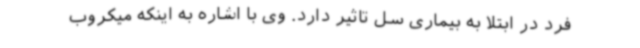
فرد در ابتلا به بیماری سل تاثیر دارد. وی با اشاره به اینکه میکروب